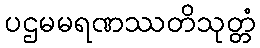
ပဌမမရဏဿတိသုတ္တံ